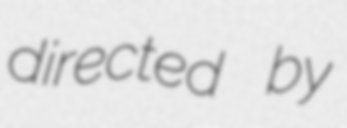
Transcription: directed by